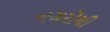
નગરોથી